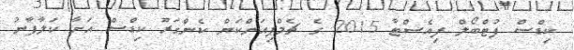
ކިޑްސް ފުޓްބޯލް ފިއެސްޓާ 2015 ގެ ޗެމްޕިއަންކަން ކެންގަރޫ ކިޑްސް އަށާ ކަލާފާނު